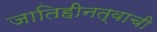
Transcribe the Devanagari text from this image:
जातिहीनत्वाची